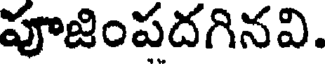
పూజింపదగినవి.